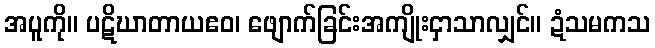
အပူကို။ ပဋိဃာတာယဧဝ၊ ဖျောက်ခြင်းအကျိုးငှာသာလျှင်။ ဍံသမကသ